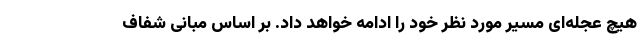
هیچ عجله‌ای مسیر مورد نظر خود را ادامه خواهد داد. بر اساس مبانی شفاف